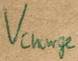
Text: Vcharge